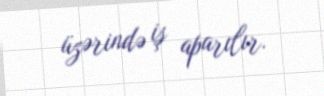
üzərində iş aparılır.